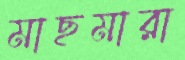
মাছমারা